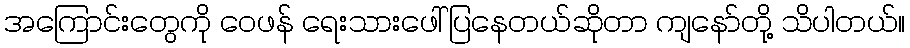
အကြောင်းတွေကို ဝေဖန် ရေးသားဖေါ်ပြနေတယ်ဆိုတာ ကျနော်တို့ သိပါတယ်။